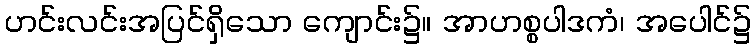
ဟင်းလင်းအပြင်ရှိသော ကျောင်း၌။ အာဟစ္စပါဒကံ၊ အပေါင်၌